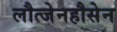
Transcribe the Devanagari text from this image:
लौत्जेनहौसेन